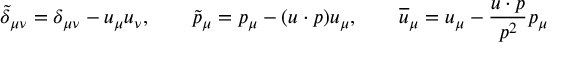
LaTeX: \tilde { \delta } _ { \mu \nu } = \delta _ { \mu \nu } - u _ { \mu } u _ { \nu } , \qquad \tilde { p } _ { \mu } = p _ { \mu } - ( u \cdot p ) u _ { \mu } , \qquad \overline { { { u } } } _ { \mu } = u _ { \mu } - \frac { u \cdot p } { p ^ { 2 } } p _ { \mu }